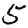
Digit: 5